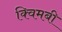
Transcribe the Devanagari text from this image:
क्विमबी